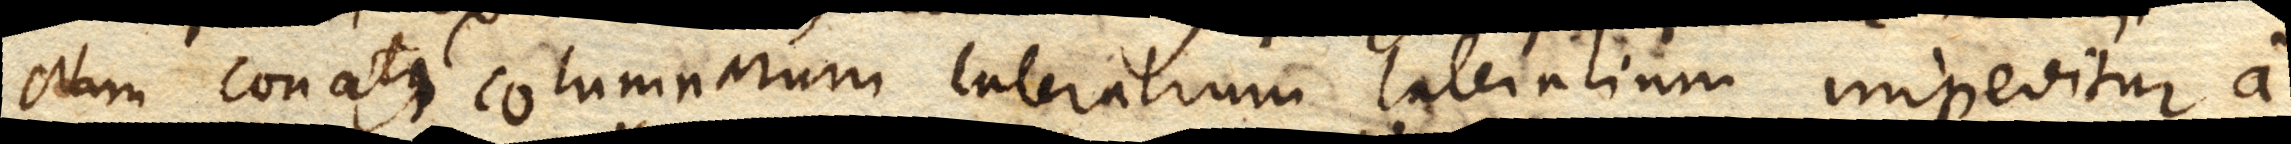
Nam conatus columnarum lateralium impeditur a